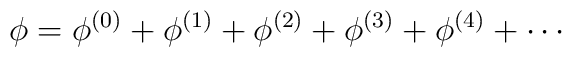
\phi =\phi^{(0)}+\phi^{(1)}+\phi^{(2)}+\phi^{(3)}+\phi^{(4)}+\cdots